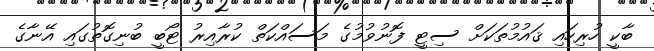
ބާކީ ހުރިހައި ޤައުމުތަކަށް ސިޓީ ފޮނުވުމުގެ މަސައްކަތް ކުރާއިރު ޓޯބީ ބުނިގޮތުގައި އޭނާގެ